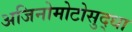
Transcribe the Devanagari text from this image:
अजिनोमोटोसुद्धा